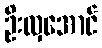
ဦးလှအောင်